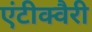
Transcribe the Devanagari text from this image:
एंटीक्वैरी